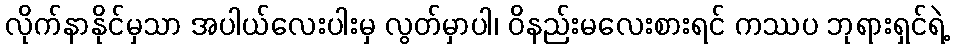
လိုက်နာနိုင်မှသာ အပါယ်လေးပါးမှ လွတ်မှာပါ၊ ဝိနည်းမလေးစားရင် ကဿပ ဘုရားရှင်ရဲ့